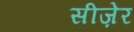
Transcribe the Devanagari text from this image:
सीज़ेर